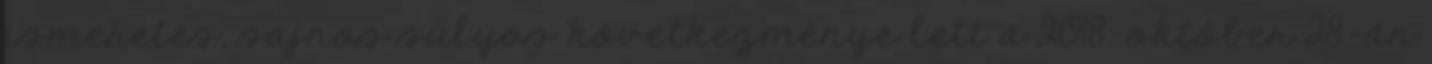
ismeretes, sajnos súlyos következménye lett a 2018. október 28-án